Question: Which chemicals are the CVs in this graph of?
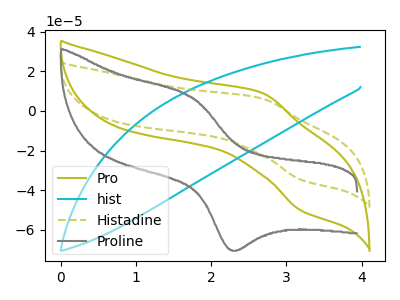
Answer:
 <answer>The olive curve is labeled "Pro". The cyan curve is labeled "hist". The olive dashed curve is labeled "Histadine". The gray curve is labeled "Proline".</answer>
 <eval></eval>